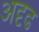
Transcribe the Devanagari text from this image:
अदृढ